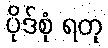
ပိုဒ်စုံ ရတု